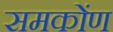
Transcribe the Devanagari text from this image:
समकोंण